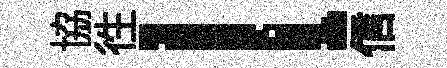
協徃l信